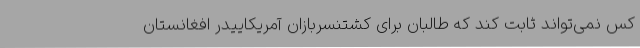
کس نمی‌تواند ثابت کند که طالبان برای کشتنسربازان آمریکاییدر افغانستان